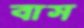
বাস